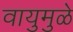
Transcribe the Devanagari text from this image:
वायुमुळे